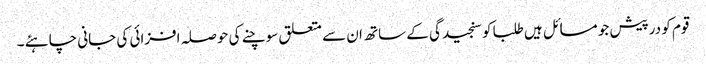
قوم کو درپیش جو مسائل ہیں طلبا کو سنجیدگی کے ساتھ ان سے متعلق سوچنے کی حوصلہ افزائی کی جانی چاہئے ۔